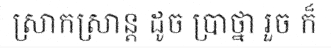
ស្រាកស្រាន្ត ដូច ប្រាថ្នា រួច ក៏